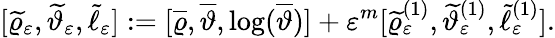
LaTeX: [\widetilde{\varrho}_{\varepsilon},\widetilde{\vartheta}_{\varepsilon},\widetilde{\ell}_{\varepsilon}]:=[\overline{{\varrho}},\overline{{\vartheta}},\log(\overline{{\vartheta}})]+\varepsilon^{m}[\widetilde{\varrho}_{\varepsilon}^{(1)},\widetilde{\vartheta}_{\varepsilon}^{(1)},\widetilde{\ell}_{\varepsilon}^{(1)}].